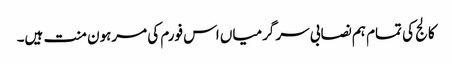
کالج کی تمام ہم نصابی سر گرمیاں اس فورم کی مرہون منت ہیں۔